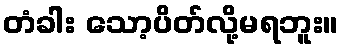
တံခါး သော့ပိတ်လို့မရဘူး။